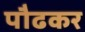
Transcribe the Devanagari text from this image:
पौढकर